Document type: Sale
Year: 1305
Scribe: Bernat de Vilarúbia
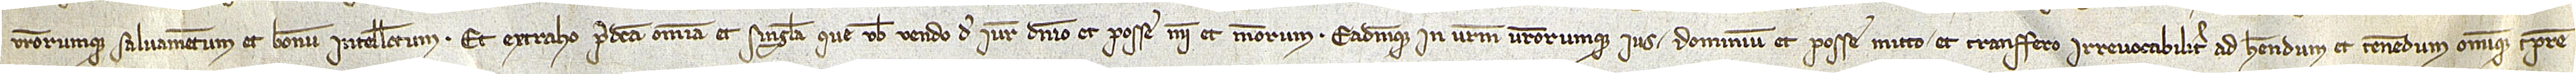
vestrorumque salvamentum et bonum intellectum. Et extraho predicta omnia et singula que vobis vendo de iure, dominio et posse mei et meorum. Eademque in vestrum vestrorumque ius, dominium et posse mitto et transfero irrevocabiliter, ad habendum et tenendum omnique tempore